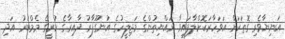
އަނިޔާވެރި ގޮތަކަށް އަވަހާރަކޮށްލާފައިވާ ރައްޔިތުންގެ މަޖިލީހުގެ އުނގޫފާރު ދާއިރާގެ ކުރީގެ މެމްބަރު އަދި